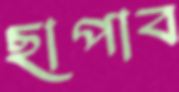
ছাপাব